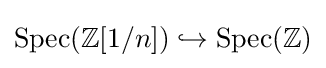
{\text{Spec}}(\mathbb {Z} [1/n])\hookrightarrow {\text{Spec}}(\mathbb {Z} )